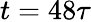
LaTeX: t=48\tau